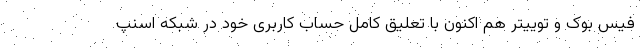
فیس بوک و توییتر هم اکنون با تعلیق کامل حساب کاربری خود در شبکه اسنپ